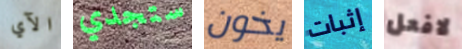
الآي ستجدي يخون إثبات لافعل